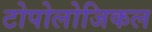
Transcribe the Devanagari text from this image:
टोपोलोजिकल